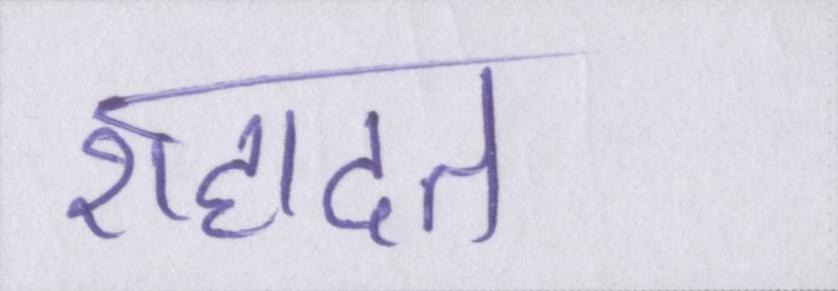
शहादत